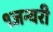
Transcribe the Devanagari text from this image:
१जन्वरी